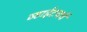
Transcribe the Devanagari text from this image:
व्हाईटचर्च